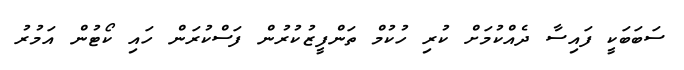
ސަބަބަކީ ފައިސާ ދެއްކުމަށް ކުރި ހުކުމް ތަންފީޒުކުރުން ފަސްކުރަން ހައި ކޯޓުން އަމުރު